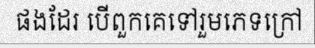
ផងដែរ បើពួកគេទៅរួមភេទក្រៅ